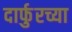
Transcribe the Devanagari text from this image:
दार्फुरच्या